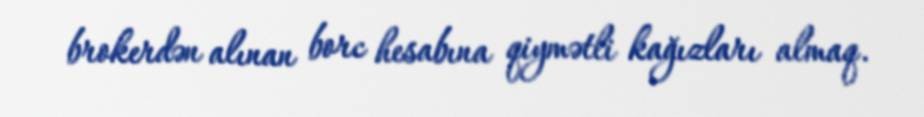
brokerdən alınan borc hesabına qiymətli kağızları almaq.